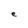
Character: e